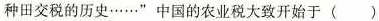
种田交税的历史……”中国的农业税大致开始于()